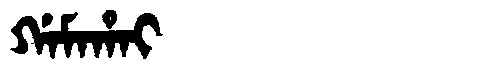
Manchu: ᡤᠠᠮᠠᡥᠠᡳ
Romanization: GAMAHAI